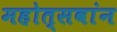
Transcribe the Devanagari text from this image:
महोत्सवांन